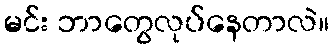
မင်း ဘာတွေလုပ်နေတာလဲ။